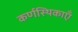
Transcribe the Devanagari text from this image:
कर्णस्थिकाएँ